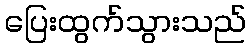
ပြေးထွက်သွားသည်